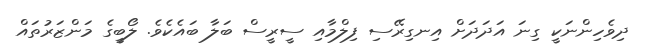
ދިވެހިންނަކީ ގިނަ އަދަދަށް އިނގިރޭސި ފިލްމާއި ސީރީސް ބަލާ ބައެކެވެ. ލޯބީގެ މަންޒަރުތައް